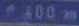
400m